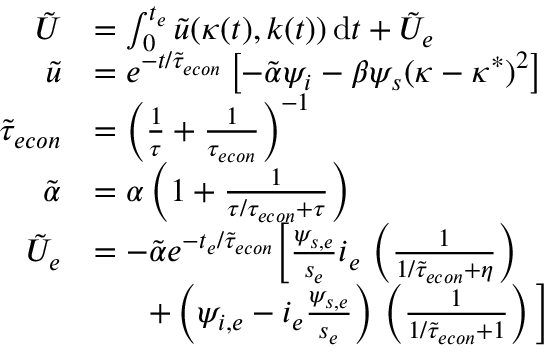
\begin{array} { r l } { \tilde { U } } & { = \int _ { 0 } ^ { t _ { e } } \tilde { u } ( \kappa ( t ) , k ( t ) ) \, \mathrm { d } t + \tilde { U } _ { e } } \\ { \tilde { u } } & { = e ^ { - t / \tilde { \tau } _ { e c o n } } \left[ - \tilde { \alpha } \psi _ { i } - \beta \psi _ { s } ( \kappa - \kappa ^ { * } ) ^ { 2 } \right] } \\ { \tilde { \tau } _ { e c o n } } & { = \left( \frac { 1 } { \tau } + \frac { 1 } { \tau _ { e c o n } } \right) ^ { - 1 } } \\ { \tilde { \alpha } } & { = \alpha \left( 1 + \frac { 1 } { \tau / { \tau _ { e c o n } } + \tau } \right) } \\ { \tilde { U } _ { e } } & { = - \tilde { \alpha } e ^ { - t _ { e } / \tilde { \tau } _ { e c o n } } \Big [ \frac { \psi _ { s , e } } { s _ { e } } i _ { e } \, \left( \frac { 1 } { 1 / \tilde { \tau } _ { e c o n } + \eta } \right) } \\ & { \ \ \ \ \ + \left( \psi _ { i , e } - i _ { e } \frac { \psi _ { s , e } } { s _ { e } } \right) \, \left( \frac { 1 } { 1 / \tilde { \tau } _ { e c o n } + 1 } \right) \Big ] } \end{array}